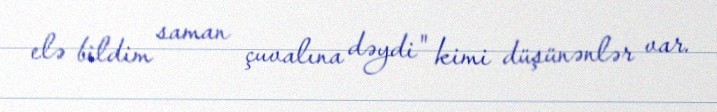
elə bildim saman çuvalına dəydi" kimi düşünənlər var.